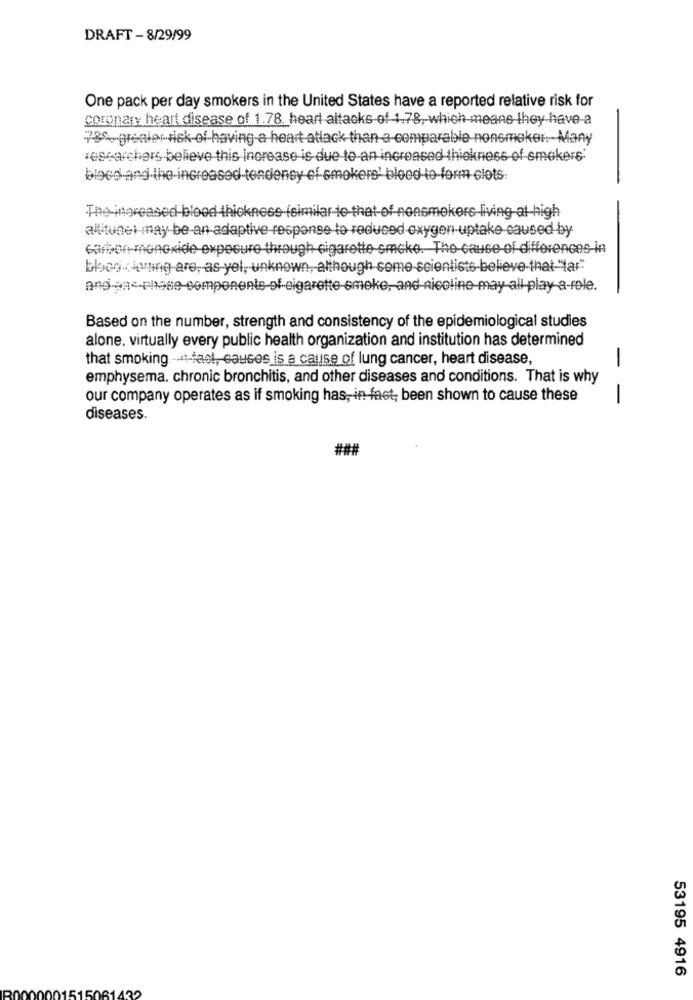
DRAFT - 8/29/99
One pack per day smokers in the United States have a reported relative risk for
coronary heart disease of 1.78. heart attacks of 1.78, which means they have a
78% greater risk of having a heart attack than a-comparable nonsmoker. Many
researchers believe this increase is due to-an increased-thickness-of-smokere'
bloco-and-the-increased-tendency ef smokers' blood-to-form clots:
The increased blood thickness (similar to that of nonsmokers living at high
altitudel may be an adaptive response to reduced oxygen uptake caused by
carbon monoxide exposure through cigarette smoke. The-cause-of-differences in
bloco (ierung-are, as-yel, unknown, although some-scientiste-believe-that-"tar"
Based on the number, strength and consistency of the epidemiological studies
alone. virtually every public health organization and institution has determined
that smoking --:- fast, causes is a cause of lung cancer, heart disease,
emphysema. chronic bronchitis, and other diseases and conditions. That is why
our company operates as if smoking has, in fact; been shown to cause these
- -
diseases.
###
53195 4916
100